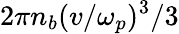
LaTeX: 2\pi n_{b}(v/\omega_{p})^{3}/3